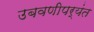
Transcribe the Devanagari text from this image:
उबवणीपर्यंत